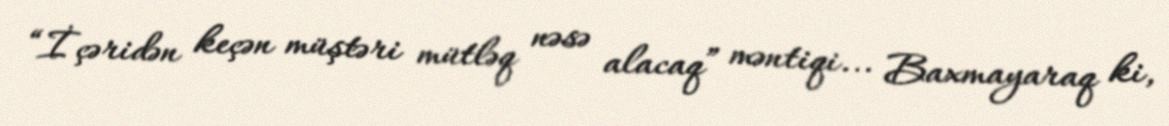
“İçəridən keçən müştəri mütləq nəsə alacaq” məntiqi... Baxmayaraq ki,